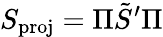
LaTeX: S_{\mathrm{proj}}=\Pi\tilde{S}^{\prime}\Pi